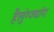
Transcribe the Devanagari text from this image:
हैलुंग्ज्यांग